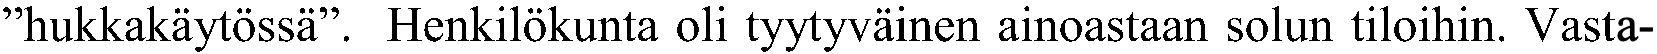
”hukkakäytössä”. Henkilökunta oli tyytyväinen ainoastaan solun tiloihin. Vasta-